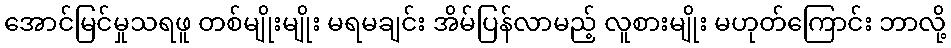
အောင်မြင်မှုသရဖူ တစ်မျိုးမျိုး မရမချင်း အိမ်ပြန်လာမည့် လူစားမျိုး မဟုတ်ကြောင်း ဘာလို့